Report of the Imperial Institute of Veterinary Research, Muktesar
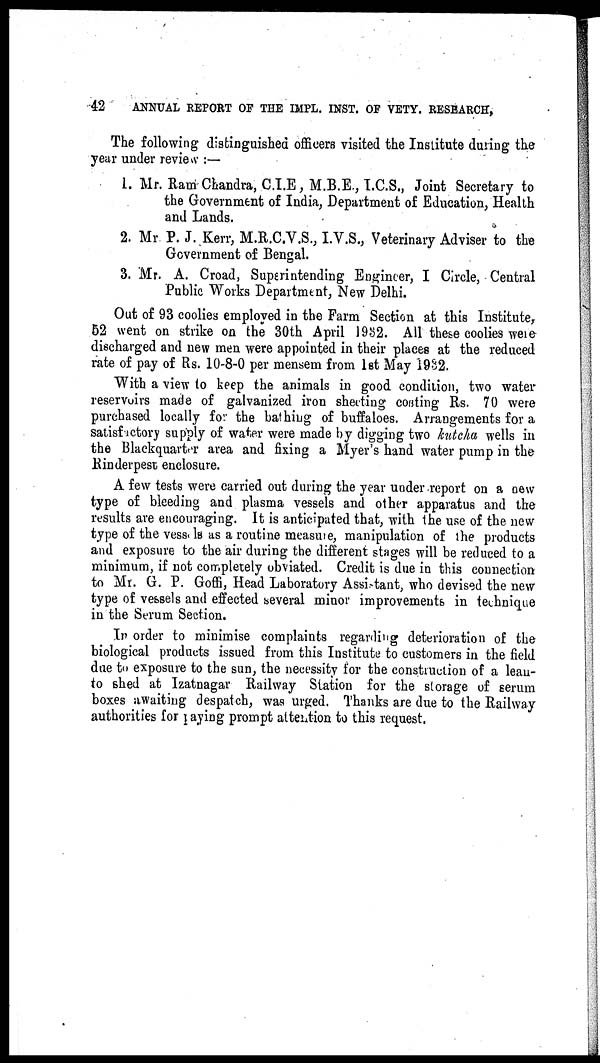
42
ANNUAL REPORT OF THE IMPL. INST. OF VETY. RESEARCH,
The following distinguished officers visited the Institute during the
year under review :—
1. Mr. Ram Chandra, C.I.E, M.B.E., I.C.S., Joint Secretary to
the Government of India, Department of Education, Health
and Lands.
2. Mr P. J. Kerr, M.R.C.V.S., I.V.S., Veterinary Adviser to the
Government of Bengal.
3. Mr. A. Croad, Superintending Engineer, I Circle, Central
Public Works Department, New Delhi.
Out of 93 coolies employed in the Farm Section at this Institute,
52 went on strike on the 30th April 1932. All these coolies were
discharged and new men were appointed in their places at the reduced
rate of pay of Rs. 10-8-0 per mensem from 1st May 1932.
With a view to keep the animals in good condition, two water
reservoirs made of galvanized iron sheeting costing Rs. 70 were
purchased locally for the bathing of buffaloes. Arrangements for a
satisfactory supply of water were made by digging two kutcha wells in
the Blackquarter area and fixing a Myer's hand water pump in the
Rinderpest enclosure.
A few tests were carried out during the year under report on a new
type of bleeding and plasma vessels and other apparatus and the
results are encouraging. It is anticipated that, with the use of the new
type of the vessels as a routine measure, manipulation of the products
and exposure to the air during the different stages will be reduced to a
minimum, if not completely obviated. Credit is due in this connection
to Mr. G. P. Goffi, Head Laboratory Assistant, who devised the new
type of vessels and effected several minor improvements in technique
in the Serum Section.
In order to minimise complaints regarding deterioration of the
biological products issued from this Institute to customers in the field
due to exposure to the sun, the necessity for the construction of a lean-
to shed at Izatnagar Railway Station for the storage of serum
boxes awaiting despatch, was urged. Thanks are due to the Railway
authorities for paying prompt attention to this request.